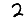
Digit: 2